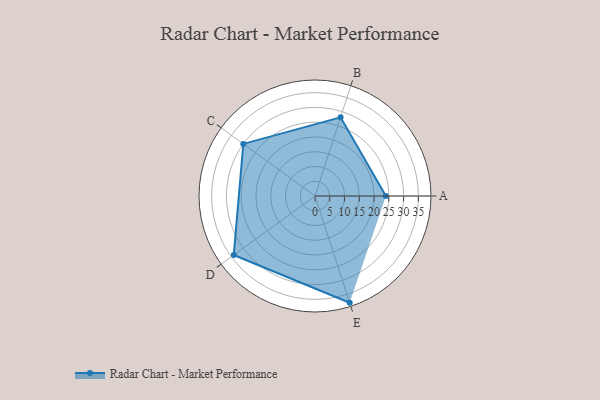
{"axis": {"x": "Skill", "y": "Score"}, "legend": ["Profile"], "data": [{"x": "A", "y": 24.0, "type": "Profile"}, {"x": "B", "y": 28.0, "type": "Profile"}, {"x": "C", "y": 30.0, "type": "Profile"}, {"x": "D", "y": 34.0, "type": "Profile"}, {"x": "E", "y": 38.0, "type": "Profile"}]}